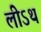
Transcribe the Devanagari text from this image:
लीऽथ